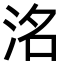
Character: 洺